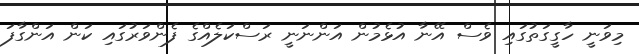
މިވަނީ ހާގީގަތުގައި ވެސް އޭނާ އުޅެމުން އަންނަނީ ރަސްކަލެއްގެ ފެންވަރުގައި ކަން އަންގާފަ